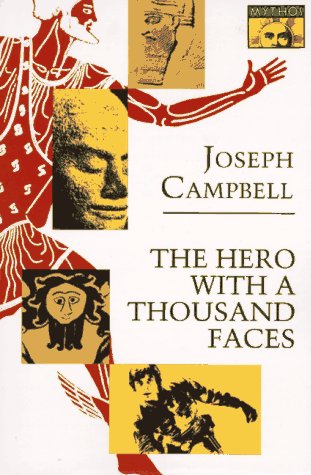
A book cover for The Hero with a Thousand Faces (Bollingen Series, No. 17); Joseph Campbell; Literature & Fiction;